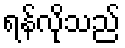
ရန်လိုသည်